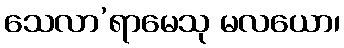
သေလာ’ရာမေသု မလယော၊